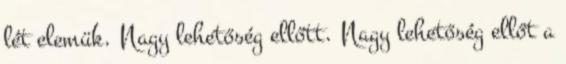
lét elemük. Nagy lehetőség ellőtt. Nagy lehetőség ellőt a